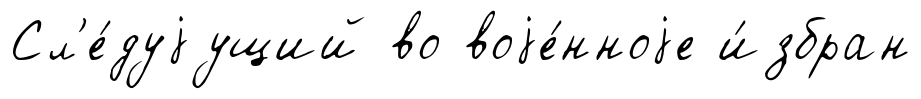
Сл'е́дуjущий во воjе́нноjе и́збран